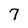
Character: 7